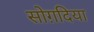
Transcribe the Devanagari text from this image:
सोग़दिया